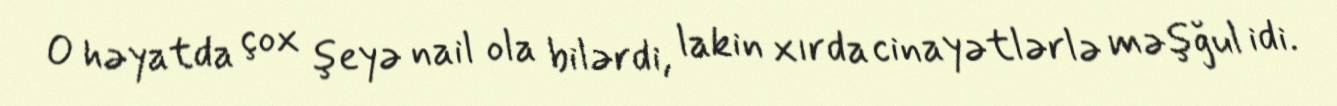
O həyatda çox şeyə nail ola bilərdi, lakin xırda cinayətlərlə məşğul idi.